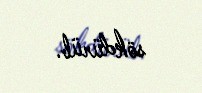
sökdürüb.